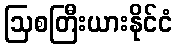
ဩစတြီးယားနိုင်ငံ